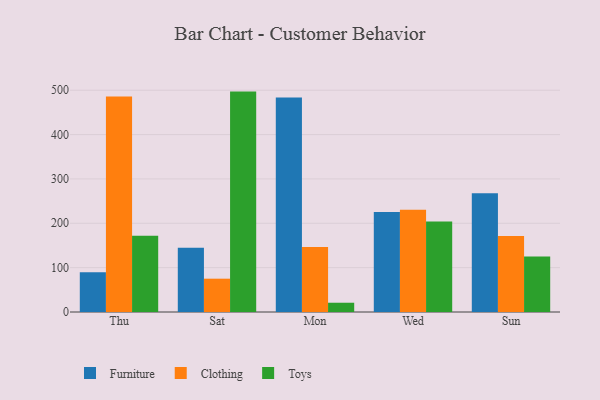
{"axis": {"x": "Day", "y": "Net Income (USD K)"}, "legend": ["Clothing", "Furniture", "Toys"], "data": [{"x": "Thu", "y": 89.5, "type": "Furniture"}, {"x": "Thu", "y": 485.7, "type": "Clothing"}, {"x": "Thu", "y": 171.7, "type": "Toys"}, {"x": "Sat", "y": 144.9, "type": "Furniture"}, {"x": "Sat", "y": 75.1, "type": "Clothing"}, {"x": "Sat", "y": 496.9, "type": "Toys"}, {"x": "Mon", "y": 483.5, "type": "Furniture"}, {"x": "Mon", "y": 146.7, "type": "Clothing"}, {"x": "Mon", "y": 20.9, "type": "Toys"}, {"x": "Wed", "y": 225.3, "type": "Furniture"}, {"x": "Wed", "y": 230.4, "type": "Clothing"}, {"x": "Wed", "y": 204.1, "type": "Toys"}, {"x": "Sun", "y": 267.8, "type": "Furniture"}, {"x": "Sun", "y": 171.1, "type": "Clothing"}, {"x": "Sun", "y": 125.3, "type": "Toys"}]}